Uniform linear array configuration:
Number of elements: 16
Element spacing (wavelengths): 0.5
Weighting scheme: binomial
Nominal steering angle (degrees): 15
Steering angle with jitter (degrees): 13.577
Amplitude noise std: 0.05
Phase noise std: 0.05

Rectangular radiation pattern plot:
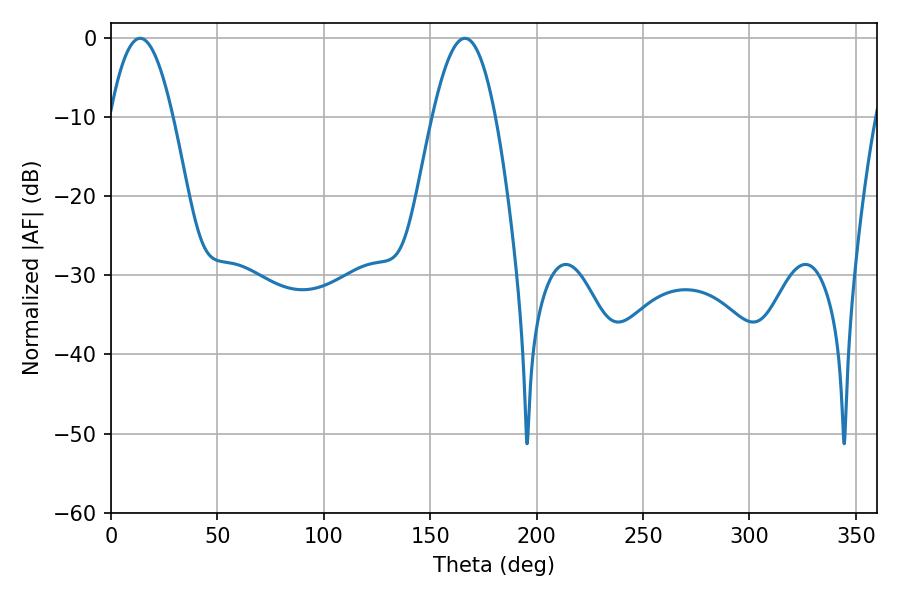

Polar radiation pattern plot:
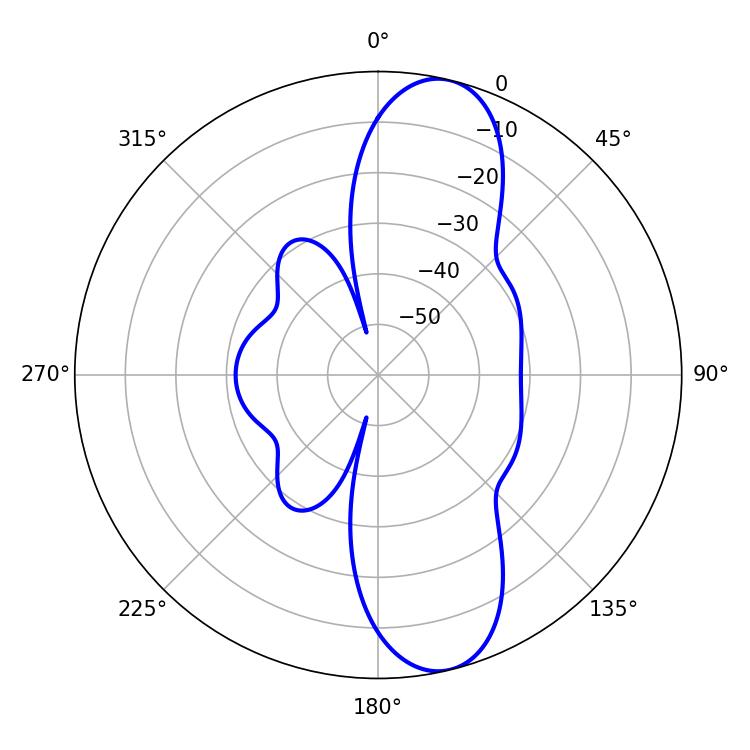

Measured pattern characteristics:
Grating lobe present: FALSE
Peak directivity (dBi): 11.319
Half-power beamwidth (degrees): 16.2
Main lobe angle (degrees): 13.68